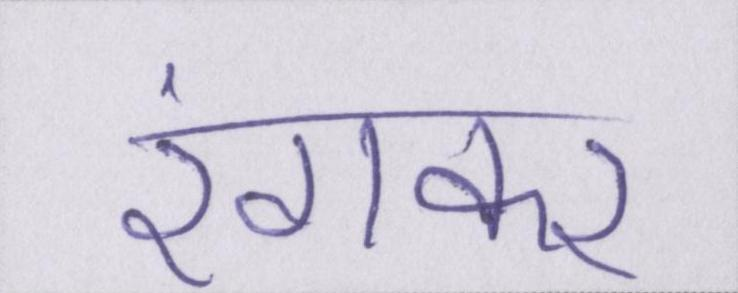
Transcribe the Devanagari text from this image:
रंगकर